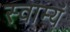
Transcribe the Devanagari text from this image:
स्वाम्यं